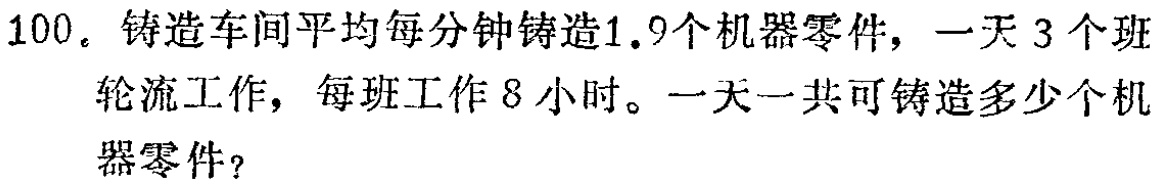
100. 铸造车间平均每分钟铸造1.9个机器零件，一天3个班轮流工作，每班工作8小时。一天一共可铸造多少个机器零件？